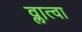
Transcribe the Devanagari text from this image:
व्लात्वा